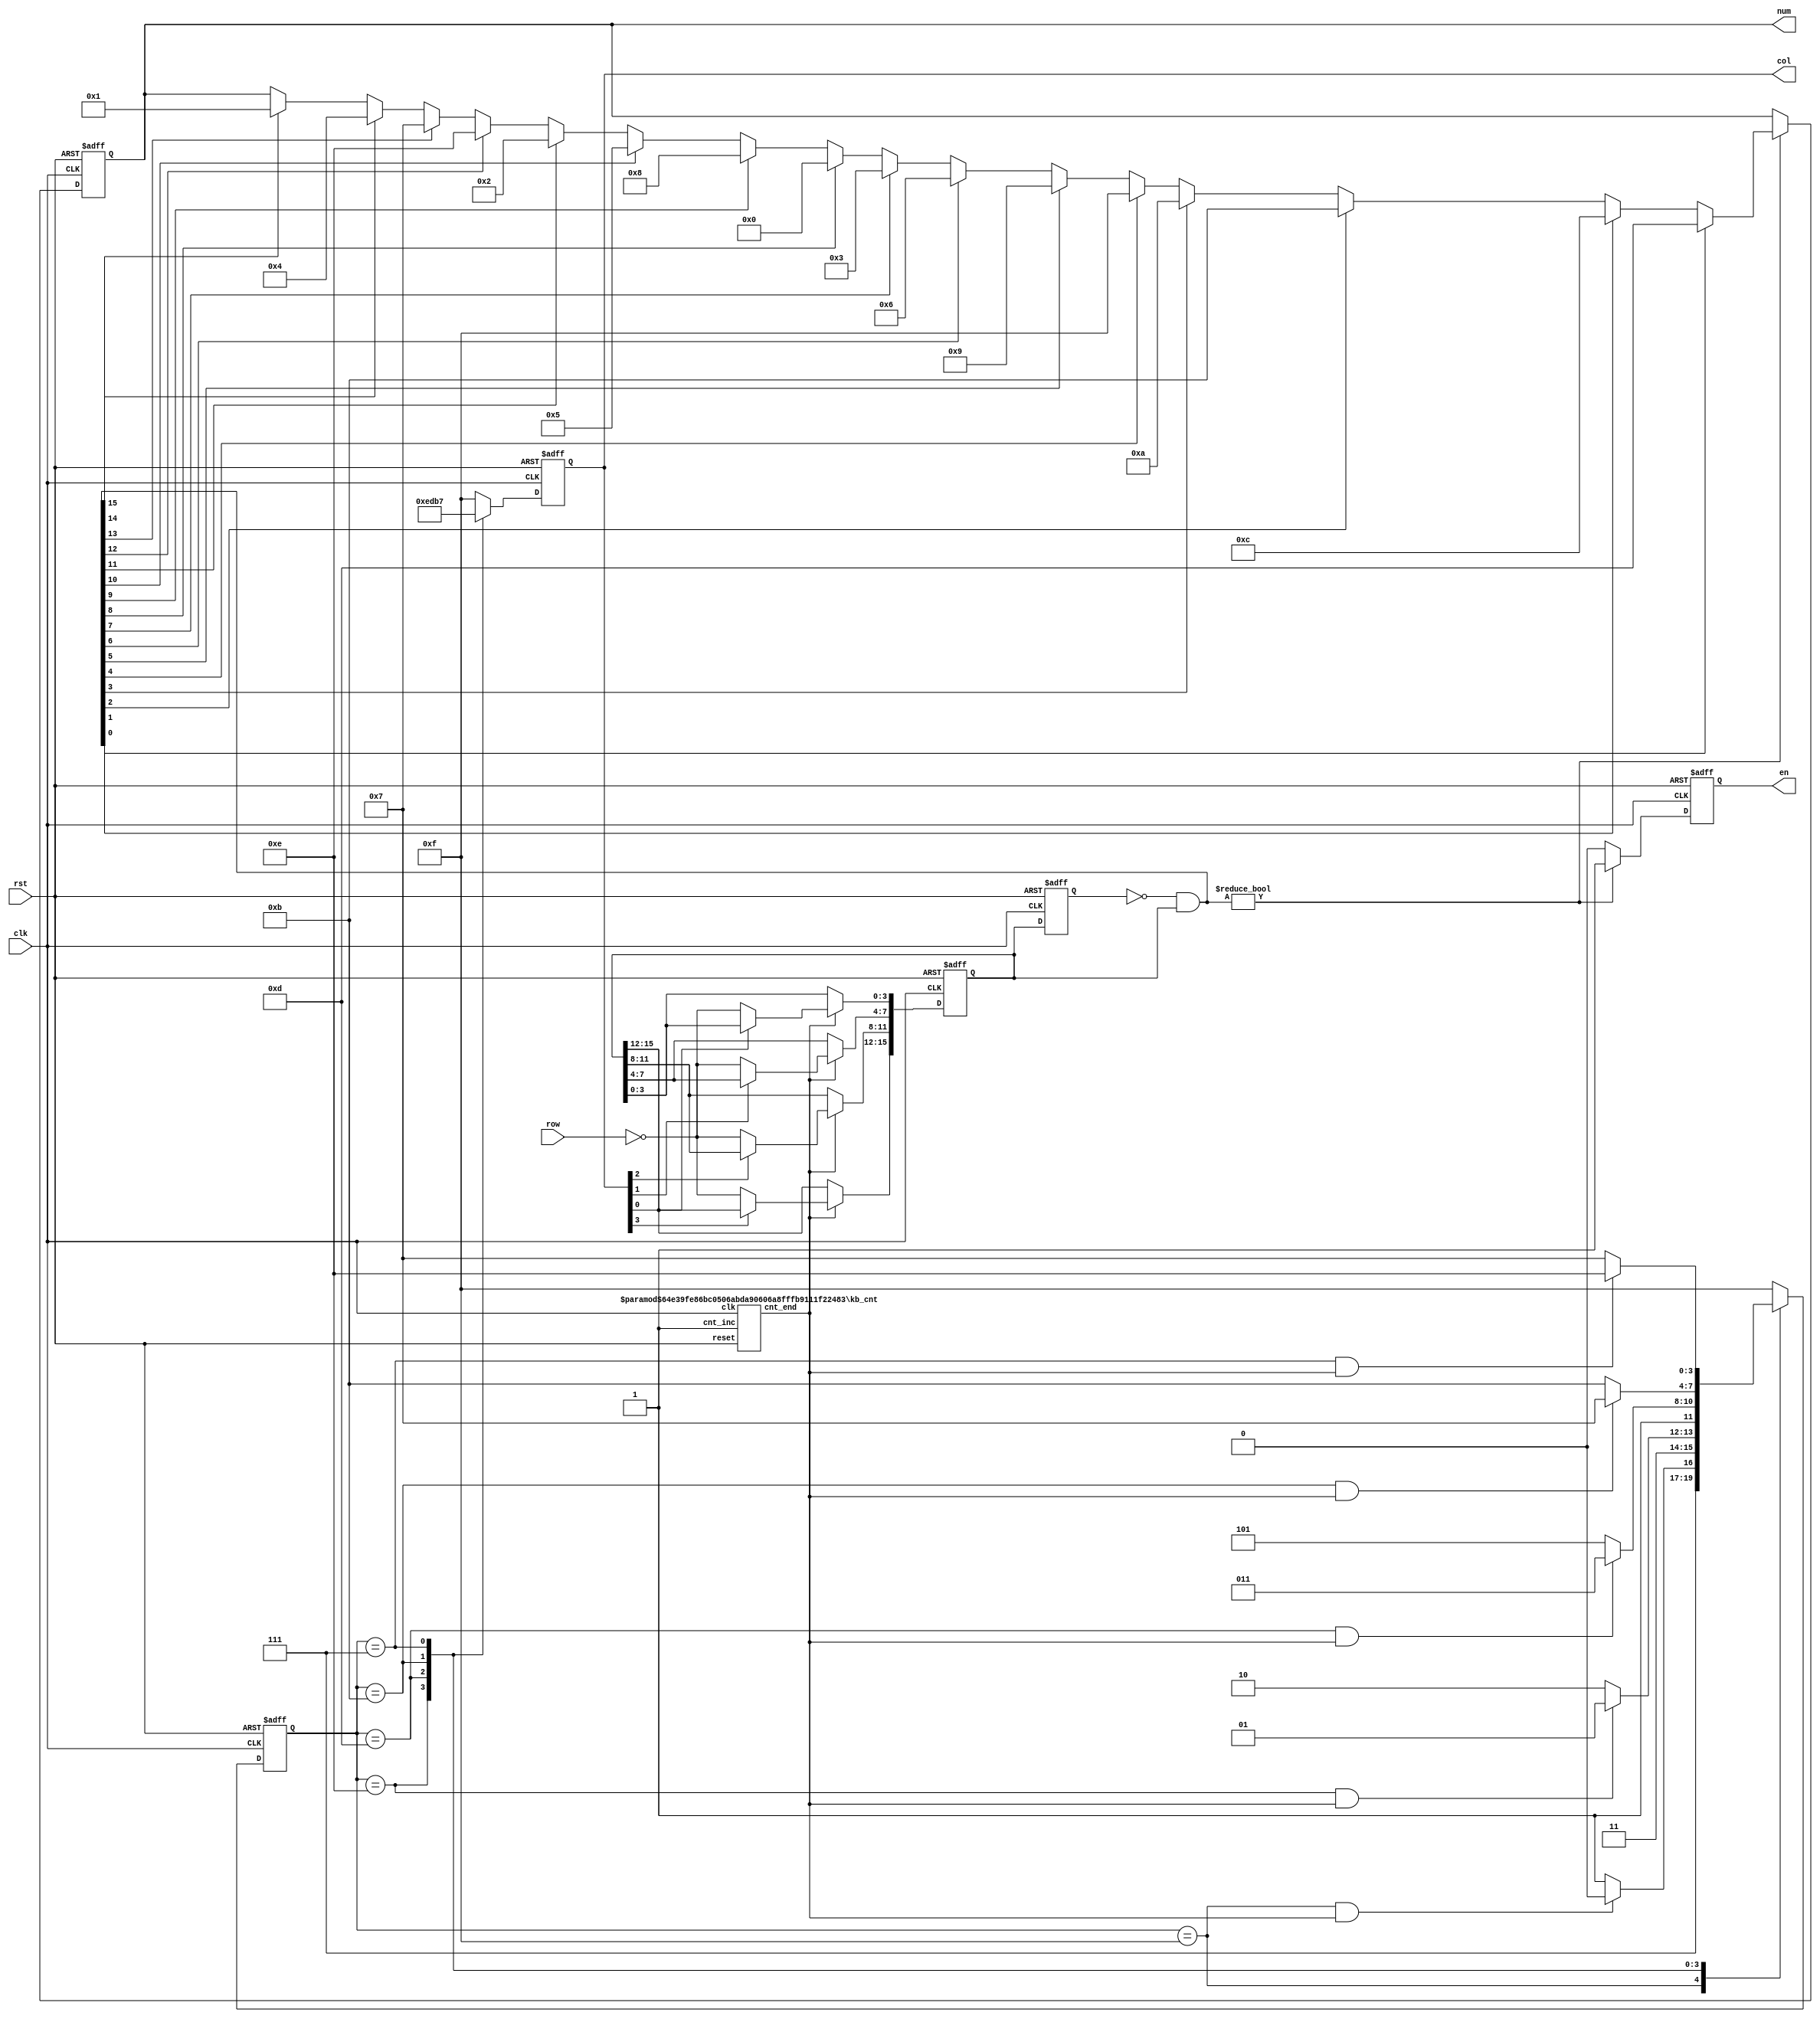
`timescale 1ns / 1ps


module keyboard #(
    parameter CNT_THRESHOLD = 100000 - 1
) (
    output reg [3:0] col,
    output reg [3:0] num,
    output reg en,
    input rst,
    input clk,
    input [3:0] row
);


  wire rst_n = ~rst;


  /* generate the col signal */


  wire cnt_end;

  kb_cnt #(CNT_THRESHOLD, 24) cnt (
      .cnt_end(cnt_end),
      .clk(clk),
      .reset(rst),
      .cnt_inc(1'b1)
  );


  parameter IDLE = 4'b1111;
  parameter S0 = 4'b1110;
  parameter S1 = 4'b1101;
  parameter S2 = 4'b1011;
  parameter S3 = 4'b0111;

  reg [3:0] current_state;
  reg [3:0] next_state;

  // migrate current to next
  always @(posedge clk or negedge rst_n) begin
    if (rst_n == 1'b0) begin
      current_state <= IDLE;
    end else begin
      current_state <= next_state;
    end
  end

  // condition
  wire idle_s0_con = current_state == IDLE && cnt_end;
  wire s0_s1_con = current_state == S0 && cnt_end;
  wire s1_s2_con = current_state == S1 && cnt_end;
  wire s2_s3_con = current_state == S2 && cnt_end;
  wire s3_s0_con = current_state == S3 && cnt_end;

  // state migrate table
  always @(*) begin
    case (current_state)
      IDLE: begin
        if (idle_s0_con) begin
          next_state = S0;
        end else begin
          next_state = IDLE;
        end
      end
      S0: begin
        if (s0_s1_con) begin
          next_state = S1;
        end else begin
          next_state = S0;
        end
      end
      S1: begin
        if (s1_s2_con) begin
          next_state = S2;
        end else begin
          next_state = S1;
        end
      end
      S2: begin
        if (s2_s3_con) begin
          next_state = S3;
        end else begin
          next_state = S2;
        end
      end
      S3: begin
        if (s3_s0_con) begin
          next_state = S0;
        end else begin
          next_state = S3;
        end
      end
      default: next_state = IDLE;
    endcase
  end


  // output
  always @(posedge clk or negedge rst_n) begin
    if (rst_n == 1'b0) col <= 4'b1111;
    else begin
      case (current_state)
        S0: col <= 4'b1110;
        S1: col <= 4'b1101;
        S2: col <= 4'b1011;
        S3: col <= 4'b0111;
        IDLE: col <= 4'b1111;
        default: col <= 4'b1111;
      endcase
    end
  end


  /* read the row signal */

  reg [15:0] key;
  reg [15:0] key_r;

  always @(posedge clk or negedge rst_n) begin
    if (rst_n == 1'b0) key <= 16'h0000;
    else if (cnt_end) begin
      if (col[0] == 0) begin
        key[3:0] <= ~row;
      end
      if (col[1] == 0) begin
        key[7:4] <= ~row;
      end
      if (col[2] == 0) begin
        key[11:8] <= ~row;
      end
      if (col[3] == 0) begin
        key[15:12] <= ~row;
      end
    end
  end

  always @(posedge clk or negedge rst_n) begin
    if (rst_n == 1'b0) begin
      key_r <= 0;
    end else begin
      key_r <= key;
    end
  end

  wire [15:0] key_posedge = (~key_r) & key;

  /* decode and led en*/

  /* check press */
  // if press en
  always @(posedge clk or negedge rst_n) begin
    if (rst_n == 1'b0) begin
      en <= 1'b0;
    end else begin
      if (key_posedge) begin
        en <= 1'b1;
      end else begin
        en <= 1'b0;
      end
    end
  end


  /* decode num */
  always @(posedge clk or negedge rst_n) begin
    if (rst_n == 1'b0) begin
      num <= 4'h0;
    end else if (key_posedge) begin
      if (key_posedge[0]) num <= 4'hd;
      else if (key_posedge[1]) num <= 4'hc;
      else if (key_posedge[2]) num <= 4'hb;
      else if (key_posedge[3]) num <= 4'ha;
      else if (key_posedge[4]) num <= 4'hf;
      else if (key_posedge[5]) num <= 4'h9;
      else if (key_posedge[6]) num <= 4'h6;
      else if (key_posedge[7]) num <= 4'h3;
      else if (key_posedge[8]) num <= 4'h0;
      else if (key_posedge[9]) num <= 4'h8;
      else if (key_posedge[10]) num <= 4'h5;
      else if (key_posedge[11]) num <= 4'h2;
      else if (key_posedge[12]) num <= 4'he;
      else if (key_posedge[13]) num <= 4'h7;
      else if (key_posedge[14]) num <= 4'h4;
      else if (key_posedge[15]) num <= 4'h1;
    end else begin
      num <= num;
    end
  end


  /* led en */



endmodule


module kb_cnt #(
    parameter END   = 15,
    parameter WIDTH = 4
) (
    output cnt_end,
    input  clk,
    input  reset,
    input  cnt_inc
);

  reg [WIDTH-1:0] cnt;
  assign cnt_end = (cnt == END);

  always @(posedge clk, posedge reset) begin
    if (reset) cnt <= 0;
    else if (cnt_end) cnt <= 0;
    else if (cnt_inc) cnt <= cnt + 1;
  end

endmodule